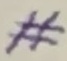
Text: #